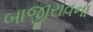
બાજીરાવના